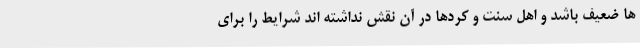
ها ضعیف باشد و اهل سنت و کردها در آن نقش نداشته اند شرایط را برای